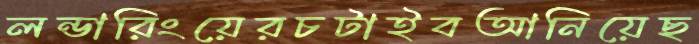
লন্ডারিংয়েরচটাইবআনিয়েছ